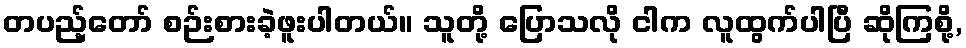
တပည့်တော် စဉ်းစားခဲ့ဖူးပါတယ်။ သူတို့ ပြောသလို ငါက လူထွက်ပါပြီ ဆိုကြစို့,